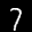
Label: 7